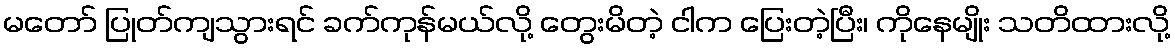
မတော် ပြုတ်ကျသွားရင် ခက်ကုန်မယ်လို့ တွေးမိတဲ့ ငါက ပြေးတဲ့ပြီး၊ ကိုနေမျိုး သတိထားလို့